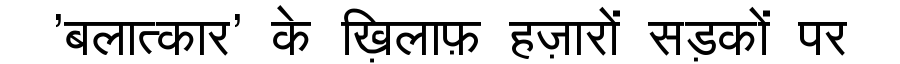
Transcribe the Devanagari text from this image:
'बलात्कार' के ख़िलाफ़ हज़ारों सड़कों पर